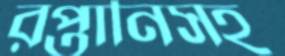
রপ্তানিসহ